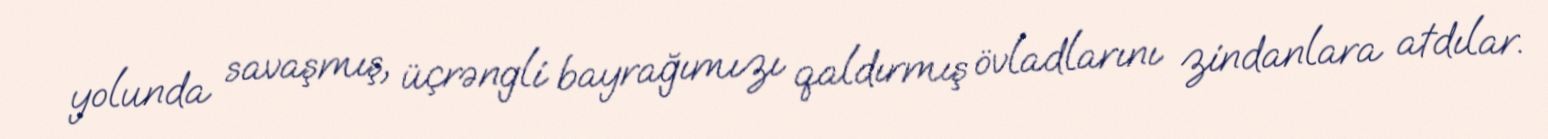
yolunda savaşmış, üçrəngli bayrağımızı qaldırmış övladlarını zindanlara atdılar.